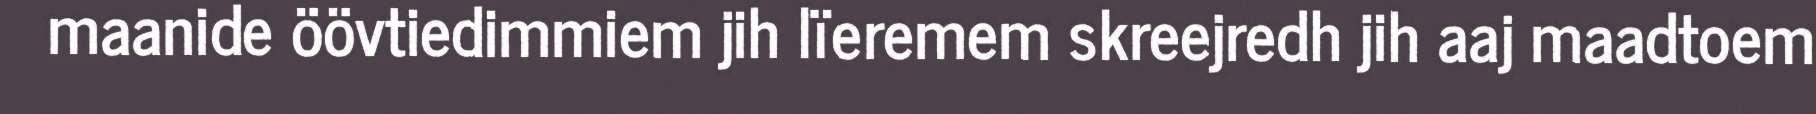
maanide öövtiedimmiem jih lïeremem skreejredh jih aaj maadtoem